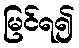
မြင်ရ၍